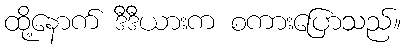
ထို့နောက် ဒီဒီယားက စကားပြောသည်။